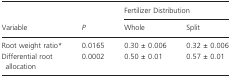
<table><thead><tr><td></td><td></td><td colspan="2"><b>Fertilizer Distribution</b></td></tr><tr><td><b>Variable</b></td><td><b><i>P</i></b></td><td><b>Whole</b></td><td><b>Split</b></td></tr></thead><tbody><tr><td>Root weight ratio*</td><td>0.0165</td><td>0.30 ± 0.006</td><td>0.32 ± 0.006</td></tr><tr><td>Differential root allocation</td><td>0.0002</td><td>0.50 ± 0.01</td><td>0.57 ± 0.01</td></tr></tbody></table>